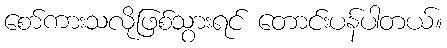
စော်ကားသလိုဖြစ်သွားရင် တောင်းပန်ပါတယ်။